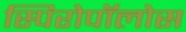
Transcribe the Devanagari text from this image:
स्पिरोपॉलोस